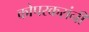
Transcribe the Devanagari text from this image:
कोपरकरांनी